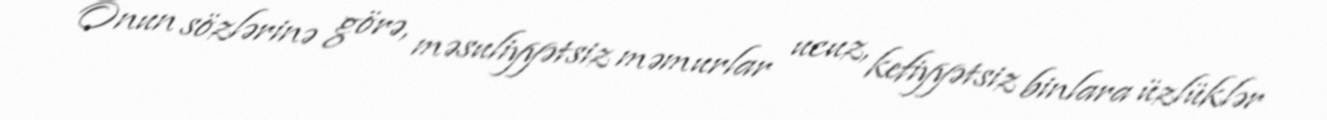
Onun sözlərinə görə, məsuliyyətsiz məmurlar ucuz, kefiyyətsiz binlara üzlüklər